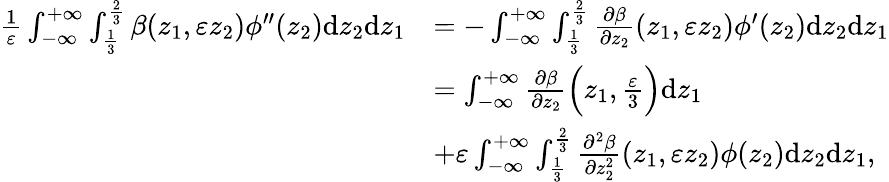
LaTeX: \begin{array}{rl}{\frac{1}{\varepsilon}\int_{-\infty}^{+\infty}\int_{\frac{1}{3}}^{\frac{2}{3}}\beta(z_{1},\varepsilon z_{2})\phi^{\prime\prime}(z_{2})\textrm{d}z_{2}\textrm{d}z_{1}}&{=-\int_{-\infty}^{+\infty}\int_{\frac{1}{3}}^{\frac{2}{3}}\frac{\partial\beta}{\partial z_{2}}(z_{1},\varepsilon z_{2})\phi^{\prime}(z_{2})\textrm{d}z_{2}\textrm{d}z_{1}}\\ &{=\int_{-\infty}^{+\infty}\frac{\partial\beta}{\partial z_{2}}\Big(z_{1},\frac{\varepsilon}{3}\Big)\textrm{d}z_{1}}\\ &{+\varepsilon\int_{-\infty}^{+\infty}\int_{\frac{1}{3}}^{\frac{2}{3}}\frac{\partial^{2}\beta}{\partial z_{2}^{2}}(z_{1},\varepsilon z_{2})\phi(z_{2})\textrm{d}z_{2}\textrm{d}z_{1},}\end{array}